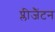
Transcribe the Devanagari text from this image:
प्लीजैंटन